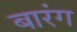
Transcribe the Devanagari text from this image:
बारंग